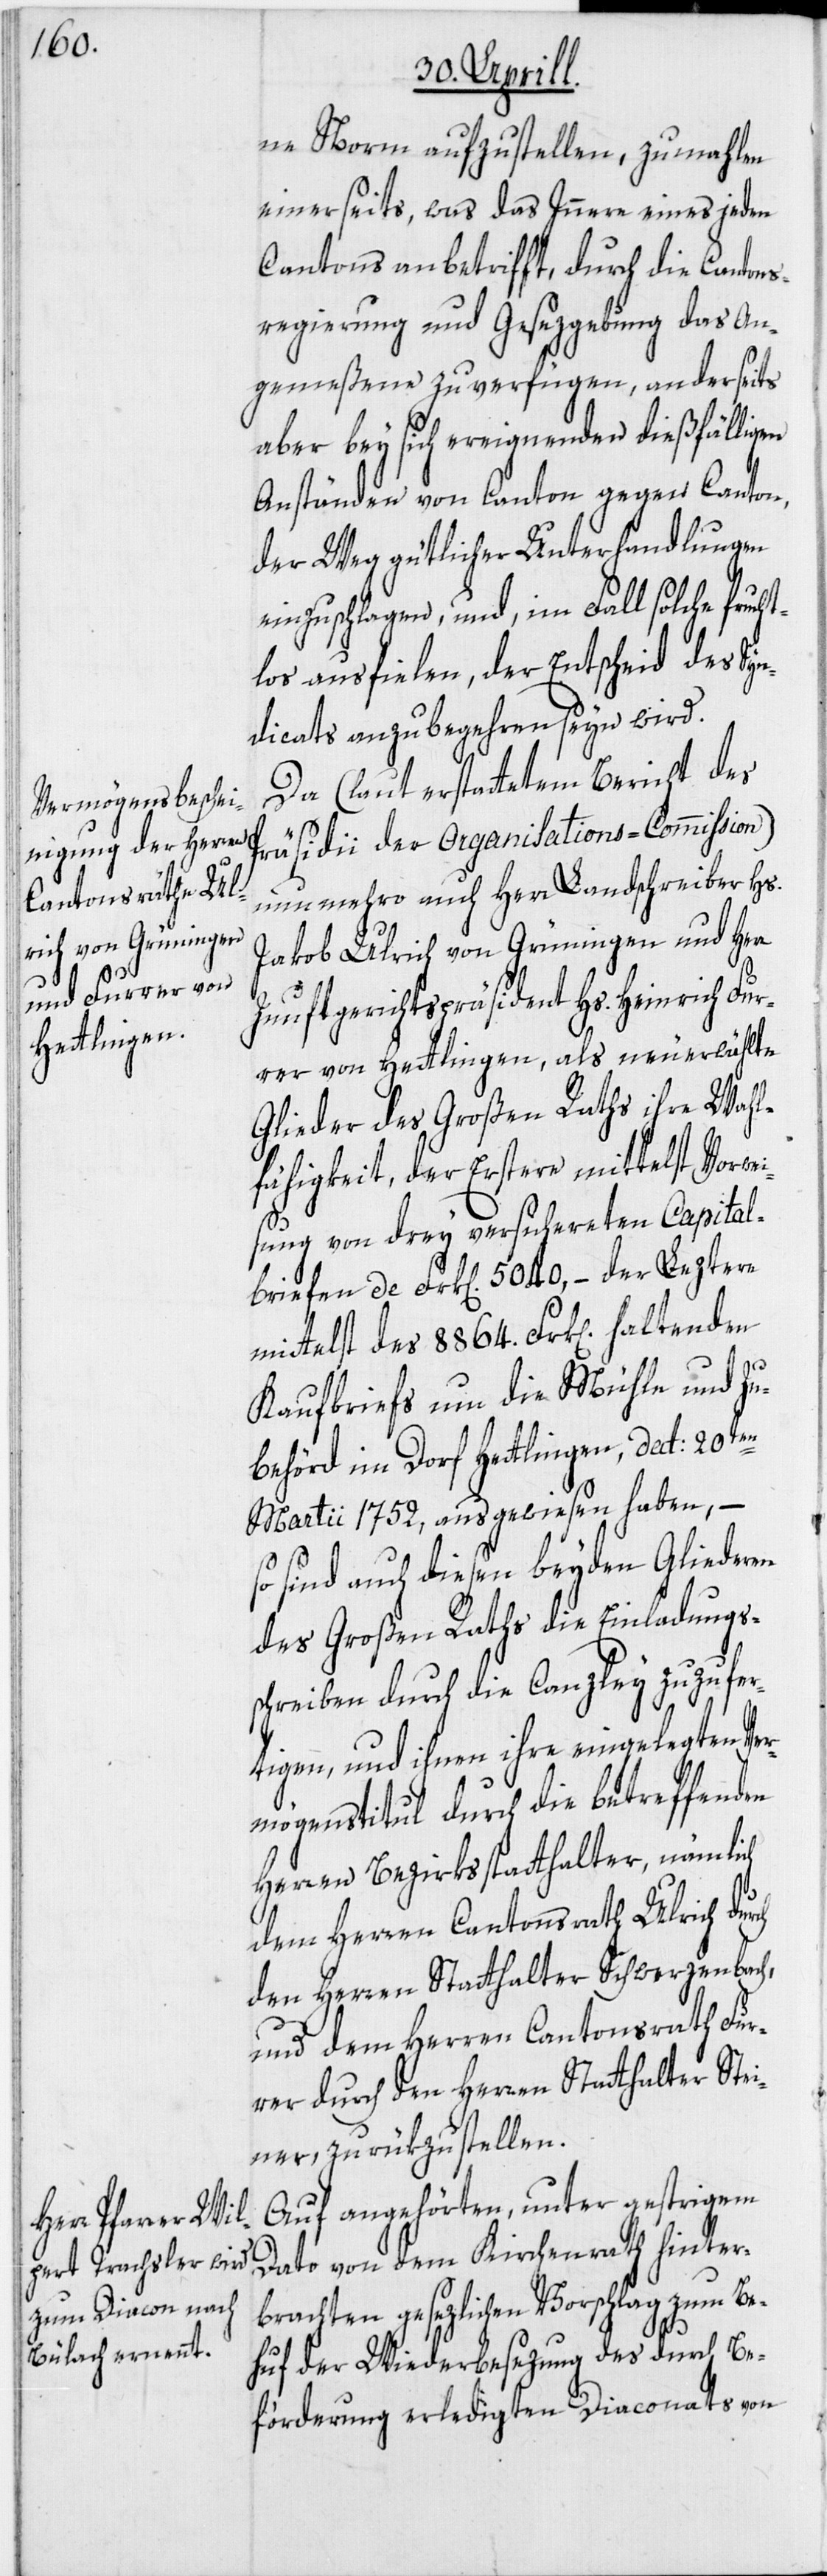
ch

ne Norm aufzustellen, zumahlen
einerseits, was das Innere eines jeden
Cantons anbetrifft, durch die Cantons¬
regierung und Gesezgebung das An¬
gemeßene zu verfügen, anderseits
aber bey sich ereignenden dießfälligen
Anständen von Canton gegen Canton,
der Weg gütlicher Unterhandlungen
einzuschlagen, und, im Fall solche fruch¬
tlos ausfielen, der Entscheid des Syn¬
dicats anzubegehren seyn wird.
Da (laut erstattetem Bericht des
Präsidii der Organisations-Commission)
nunmehro auch Herr Landschreiber Hs.
Jakob Ulrich von Grüningen und Herr
Zunftgerichtspräsident Hs. Heinrich Fur¬
rer von Hettlingen, als neuerwählte
Glieder des Großen Raths ihre Wahl¬
fähigkeit, der Erstere mittelst Vorwei¬
sung von drey versichereten Capital¬
briefen de Frk[en]. 5040, – der Leztere
mittelst des 8864. Frk[en]. haltenden
Kaufbriefs um die Mühle und Zu¬
behörd im Dorf Hettlingen, dat: 20ten
Martii 1752, ausgewiesen haben, –
so sind auch diesen beyden Gliederen
des Großen Raths die Einladungs¬
schreiben durch die Canzley zuzufer¬
tigen, und ihnen ihre eingelegten Ve¬
rmögenstitul durch die betreffenden
Herren Bezirksstatthalter, nämlich
dem Herren Cantonsrath Ulrich dur¬
den Herren Statthalter Schwerzenbach,
und dem Herren Cantonsrath Fur¬
rer durch den Herren Statthalter Stei¬
ner, zurükzustellen.
Auf angehörten, unter gestrigem
Dato von dem Kirchenrath hinter¬
brachten gesezlichen Vorschlag zum Be¬
huf der Wiederbesezung des durch Be¬
förderung erledigten Diaconats von